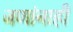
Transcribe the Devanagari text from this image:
जणांनाही